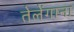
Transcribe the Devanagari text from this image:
तेलेंगाना